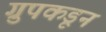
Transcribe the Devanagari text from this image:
ग्रुपकडून